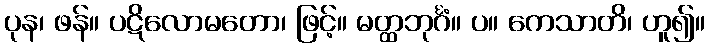
ပုန၊ ဖန်။ ပဋိလောမတော၊ ဖြင့်။ မတ္ထဘုင်္ဂံ။ ပ။ ကေသာတိ၊ ဟူ၍။